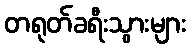
တရုတ်ခရီးသွားများ